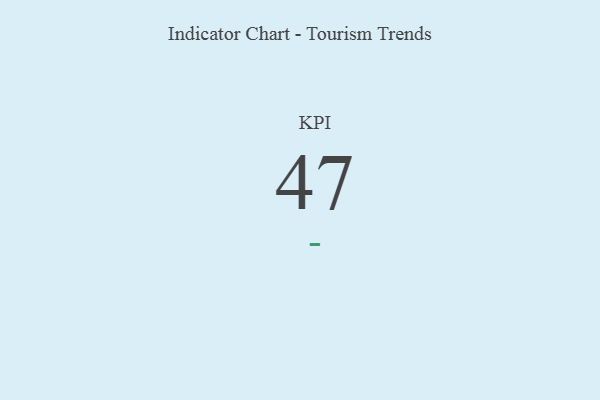
{"axis": {"x": "KPI", "y": "Value"}, "legend": [""], "data": [{"x": "KPI", "y": 47, "type": ""}]}